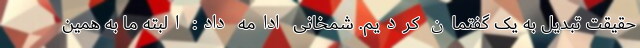
حقیقت تبدیل به یک گفتمان کردیم. شمخانی ادامه داد: البته ما به همین